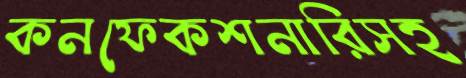
কনফেকশনারিসহ